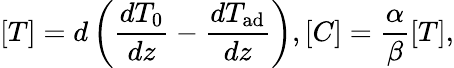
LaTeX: [T]=d\left(\frac{dT_{0}}{dz}-\frac{dT_{\mathrm{ad}}}{dz}\right),[C]=\frac{\alpha}{\beta}[T],